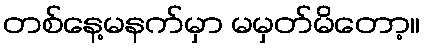
တစ်နေ့မနက်မှာ မမှတ်မိတော့။